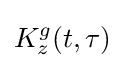
K_{z}^{g}(t,\tau )